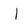
Character: I